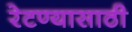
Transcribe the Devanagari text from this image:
रेटण्यासाठी